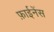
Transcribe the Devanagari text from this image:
फ़ाईनेंस